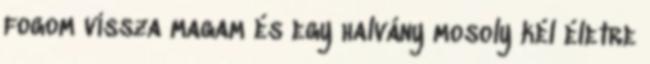
fogom vissza magam és egy halvány mosoly kél életre